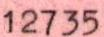
12735